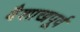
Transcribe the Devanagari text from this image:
वैशाखपूर्व